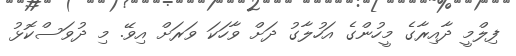
ފިލްމީ ދާއިރާގެ މީހުންގެ އަހުލާގު ދަށް ވާހަކަ ވަރަށް އިވޭ. މި ދުވަސްކޮޅު